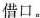
借口。